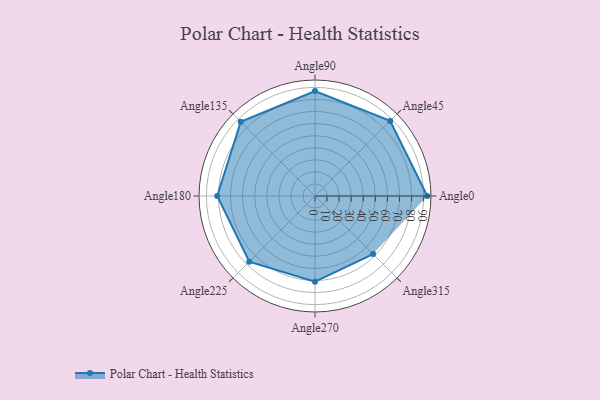
{"axis": {"x": "Angle", "y": "Radius"}, "legend": [""], "data": [{"x": "Angle0", "y": 93.0, "type": ""}, {"x": "Angle45", "y": 88.0, "type": ""}, {"x": "Angle90", "y": 87.0, "type": ""}, {"x": "Angle135", "y": 87.0, "type": ""}, {"x": "Angle180", "y": 81.0, "type": ""}, {"x": "Angle225", "y": 77.0, "type": ""}, {"x": "Angle270", "y": 71.0, "type": ""}, {"x": "Angle315", "y": 68.0, "type": ""}]}